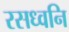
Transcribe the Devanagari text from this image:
रसध्वनि